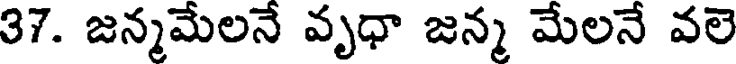
37. జన్మమేలనే వృధా జన్మ మేలనే వలె